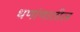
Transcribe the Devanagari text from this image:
धणांणातील